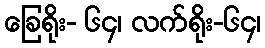
ခြေရိုး- ၆၄၊ လက်ရိုး-၆၄၊